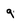
Character: 9